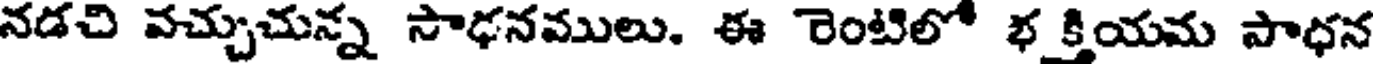
నడచి వచ్చుచున్న సాఢనములు. ఈ రెంటిలో భ క్తియమ పాధన